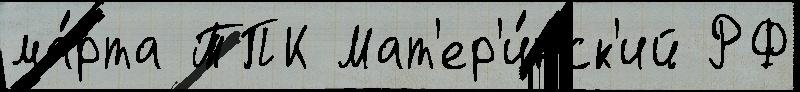
ма́рта ТПК Мат'ер'и́нск'ий РФ